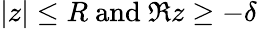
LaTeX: |z|\leq R{\mathrm{~and~}}\Re z\geq-\delta